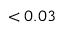
< 0 . 0 3